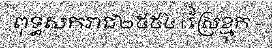
ពុទ្ធសករាជ២៥៥៤ | ស្រែខ្មុក -